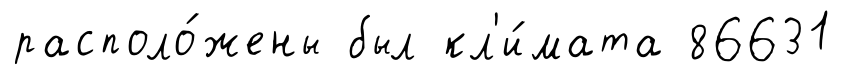
располо́жены был кл'и́мата 86631